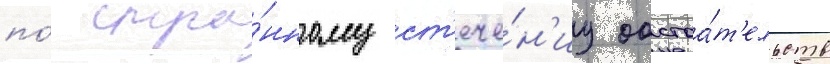
по́ стра́нному ст'ече́н'иу обстоа́т'ельств